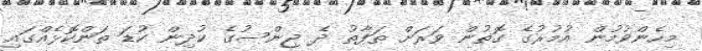
މިހެންވުމުން އުމުރުގެ ގޮތުން ވަރަށް ތަފާތު ދެ ޖިންސުގެ ކުދިން ކުޑަ ތަންކޮޅެއްގައި